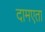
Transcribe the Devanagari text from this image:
दामएता